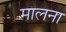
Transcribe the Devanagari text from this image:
मालना